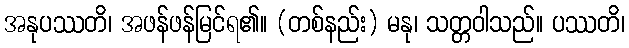
အနုပဿတိ၊ အဖန်ဖန်မြင်ရ၏။ (တစ်နည်း) မနု၊ သတ္တဝါသည်။ ပဿတိ၊